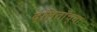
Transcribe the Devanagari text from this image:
दलिताॅच्या